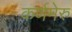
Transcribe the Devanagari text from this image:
कर्णमेरु